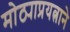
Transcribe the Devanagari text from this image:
मोठ्याप्रयत्नाने